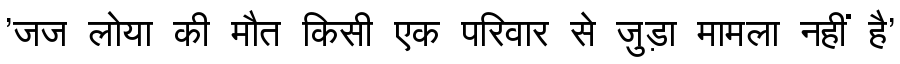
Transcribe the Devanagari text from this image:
'जज लोया की मौत किसी एक परिवार से जुड़ा मामला नहीं है'